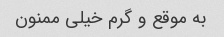
به موقع و گرم خیلی ممنون